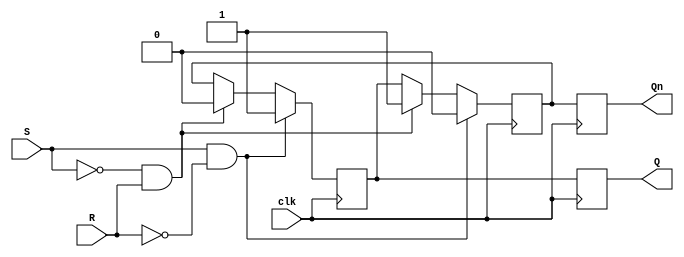
module Gated_SR_flipflop (
    input clk,
    input S,
    input R,
    output reg Q,
    output reg Qn
);

reg Q_temp, Qn_temp;

always @(posedge clk) begin
    if (S & ~R)
        Q_temp <= 1'b1;
    else if (~S & R)
        Q_temp <= 1'b0;
    else
        Q_temp <= Qn_temp;
    
    if (S & ~R)
        Qn_temp <= 1'b0;
    else if (~S & R)
        Qn_temp <= 1'b1;
    else
        Qn_temp <= Q_temp;
end

always @(posedge clk) begin
    Q <= Q_temp;
    Qn <= Qn_temp;
end

endmodule